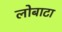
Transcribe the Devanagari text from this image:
लोबाटा